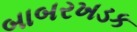
બાબરખડક